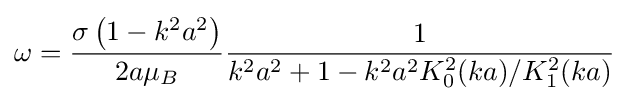
\omega ={\frac {\sigma \left(1-k^{2}a^{2}\right)}{2a\mu _{B}}}{\frac {1}{k^{2}a^{2}+1-k^{2}a^{2}K_{0}^{2}(ka)/K_{1}^{2}(ka)}}